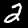
Digit: 2